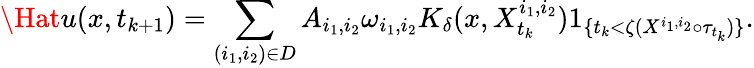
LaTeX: \Hat{u}(x,t_{k+1})=\sum_{(i_{1},i_{2})\in D}A_{i_{1},i_{2}}\omega_{i_{1},i_{2}}K_{\delta}(x,X_{t_{k}}^{i_{1},i_{2}})1_{\{ t_{k}<\zeta(X^{i_{1},i_{2}}\circ\tau_{t_{k}})\} }.